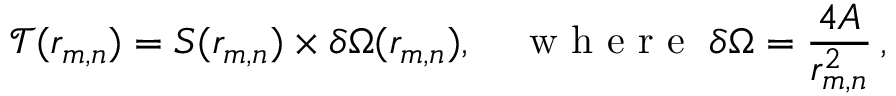
\mathcal { T } ( r _ { m , n } ) = S ( r _ { m , n } ) \times \delta \Omega ( r _ { m , n } ) , \quad \mathrm { ~ w ~ h ~ e ~ r ~ e ~ } \; \delta \Omega = \frac { 4 A } { r _ { m , n } ^ { 2 } } \, ,